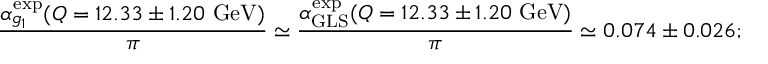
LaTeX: { \frac { \alpha _ { g _ { 1 } } ^ { \mathrm { e x p } } ( Q = 1 2 . 3 3 \pm 1 . 2 0 ~ \mathrm { G e V } ) } { \pi } } \simeq { \frac { \alpha _ { \mathrm { G L S } } ^ { \mathrm { e x p } } ( Q = 1 2 . 3 3 \pm 1 . 2 0 ~ \mathrm { G e V } ) } { \pi } } \simeq 0 . 0 7 4 \pm 0 . 0 2 6 ;